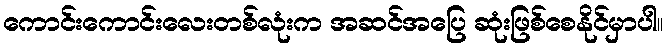
ကောင်းကောင်းလေးတစ်လုံးက အဆင်အပြေ ဆုံးဖြစ်စေနိုင်မှာပါ။